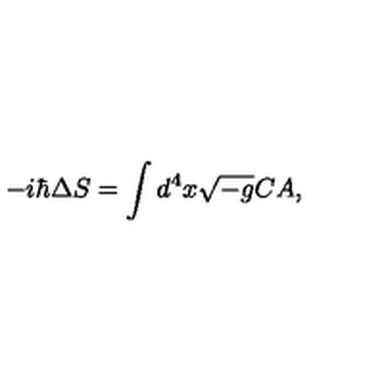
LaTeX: - i \hbar \Delta S = \int d ^ { 4 } x \sqrt { - g } C A ,